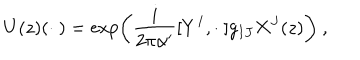
U ( z ) ( \cdot \ ) = \exp \left( \frac { i } { 2 \pi \alpha ^ { \prime } } [ Y ^ { I } , \cdot \ ] g _ { I J } X ^ { J } ( z ) \right) \ ,